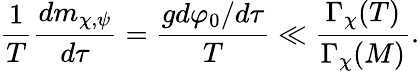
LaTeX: \frac{1}{T}\frac{dm_{\chi,\psi}}{d\tau}=\frac{gd\varphi_{0}/d\tau}{T}\ll\frac{\Gamma_{\chi}(T)}{\Gamma_{\chi}(M)}.